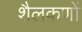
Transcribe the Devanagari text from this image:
शैलकणों